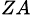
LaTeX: _{ZA}